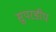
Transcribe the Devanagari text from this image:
सुपरडीप